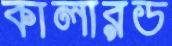
কালারড